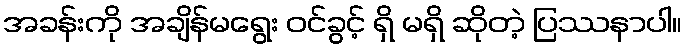
အခန်းကို အချိန်မရွေး ဝင်ခွင့် ရှိ မရှိ ဆိုတဲ့ ပြဿနာပါ။